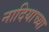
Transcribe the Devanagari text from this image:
नादियाच्या